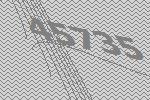
45735